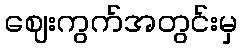
ဈေးကွက်အတွင်းမှ